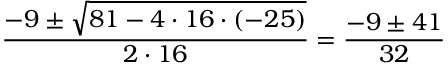
{ \frac { - 9 \pm { \sqrt { 8 1 - 4 \cdot 1 6 \cdot ( - 2 5 ) } } } { 2 \cdot 1 6 } } = { \frac { - 9 \pm 4 1 } { 3 2 } }